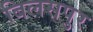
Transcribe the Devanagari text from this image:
बिलसपुर